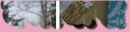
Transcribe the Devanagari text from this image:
बमाबास